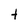
Character: t